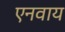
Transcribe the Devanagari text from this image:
एनवाय